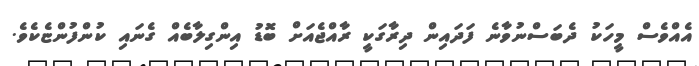
އެއްވެސް މީހަކު ދެބަސްނުވާނެ ފަދައިން ދިރާގަކީ ރާއްޖެއަށް ބޮޑު އިންގިލާބެއް ގެނައި ކުންފުންޏެކެވެ.